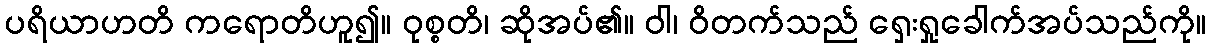
ပရိယာဟတိ ကရောတိဟူ၍။ ဝုစ္စတိ၊ ဆိုအပ်၏။ ဝါ၊ ဝိတက်သည် ရှေးရှုခေါက်အပ်သည်ကို။